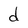
Character: d